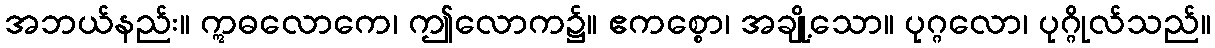
အဘယ်နည်း။ ဣဓလောကေ၊ ဤလောက၌။ ဧကစ္စော၊ အချို့သော။ ပုဂ္ဂလော၊ ပုဂ္ဂိုလ်သည်။